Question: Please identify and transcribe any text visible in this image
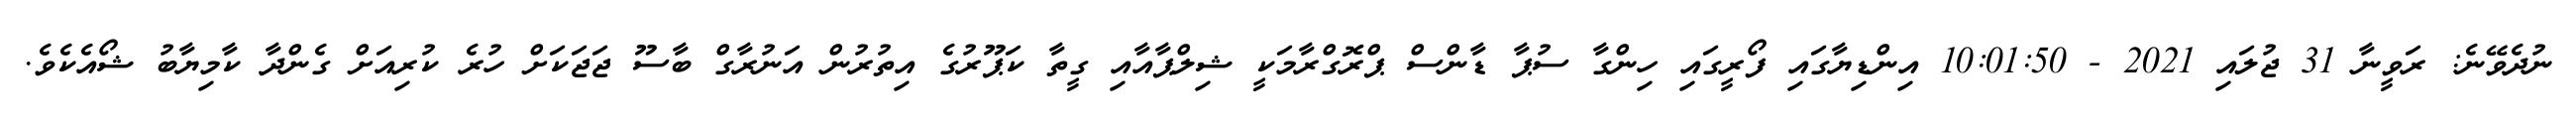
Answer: ނުދެވޭނެ: ރަވީނާ 31 ޖުލައި 2021 - 10:01:50 އިންޑިޔާގައި ފޯރީގައި ހިންގާ ސުޕާ ޑާންސް ޕްރޮގްރާމަކީ ޝިލްޕާއާއި ގީތާ ކަޕޫރުގެ އިތުރުން އަނުރާގް ބާސޫ ޖަޖަކަށް ހުރެ ކުރިއަށް ގެންދާ ކާމިޔާބު ޝޯއެކެވެ.